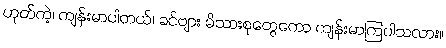
ဟုတ်ကဲ့၊ ကျန်းမာပါတယ်၊ ခင်ဗျား မိသားစုတွေကော ကျန်းမာကြပါသလား။